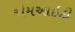
એમઆઇટી